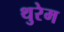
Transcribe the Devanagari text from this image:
थुरेम